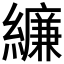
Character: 𦆆